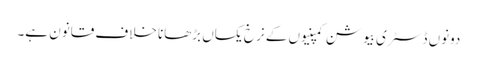
دونوں ڈسٹری بیوشن کمپنیوں کے نرخ یکساں بڑھانا خلاف قانون ہے۔